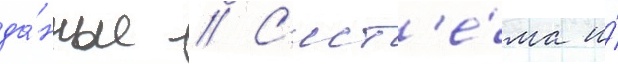
да́нные // С'ист'е́ма и́